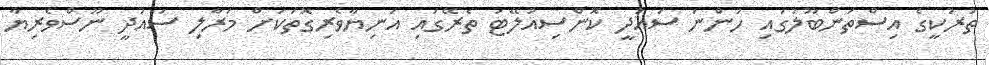
ތުރުކީގެ އިސްތަންބޫލުގައި ހުންނަ ސައުދީ ކޮންސިއުލޭޓު ތެރޭގައި އަނިޔާވެރިގޮތަަކަށް މަރާލި ސައުދީ ނޫސްވެރިޔާ